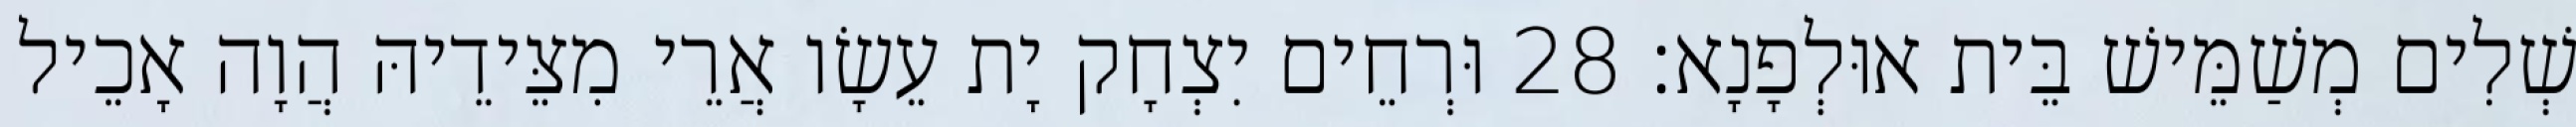
שְׁלִים מְשַׁמֵּישׁ בֵּית אוּלְפָנָא׃ 28 וּרְחֵים יִצְחָק יָת עֵשָׂו אֲרֵי מִצֵּידֵיהּ הֲוָה אָכֵיל